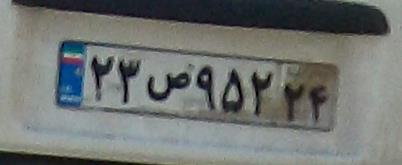
۲۳ص۹۵۲۲۴